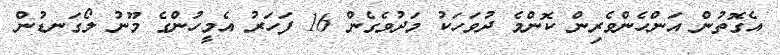
އެގޮތުން އަންހެންވެރިން ކޮންމެ ދުވަހަކު މަދުވެގެން 16 ފަހަރު އެމީހުންގެ މޫނު ލޯގަނޑުން